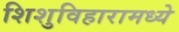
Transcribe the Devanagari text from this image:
शिशुविहारामध्ये